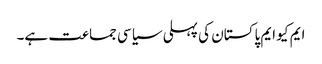
ایم کیو ایم پاکستان کی پہلی سیاسی جماعت ہے۔